Source: Handwritten
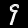
Digit: ၄ (4)